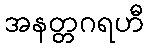
အနတ္တဂရဟီ